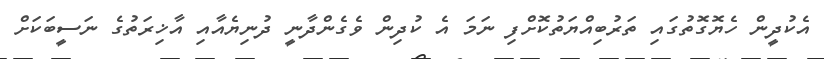
އެކުދީން ހެޔޮގޮތުގައި ތަރުބިއްޔަތުކޮށްފި ނަމަ އެ ކުދިން ވެގެންދާނީ ދުނިޔެއާއި އާޚިރަތުގެ ނަސީބަކަށް